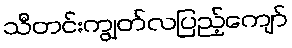
သီတင်းကျွတ်လပြည့်ကျော်